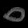
Digit: ၀